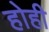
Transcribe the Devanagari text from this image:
होही